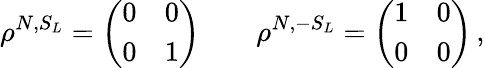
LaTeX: \rho^{N,S_{L}}=\left(\begin{array}{ll}{{0}}&{{0}}\\ {{0}}&{{1}}\end{array}\right)\quad\quad\rho^{N,-S_{L}}=\left(\begin{array}{ll}{{1}}&{{0}}\\ {{0}}&{{0}}\end{array}\right)\, ,